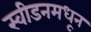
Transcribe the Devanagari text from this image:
स्वीडनमधून